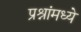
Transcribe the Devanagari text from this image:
प्रश्नांमध्ये